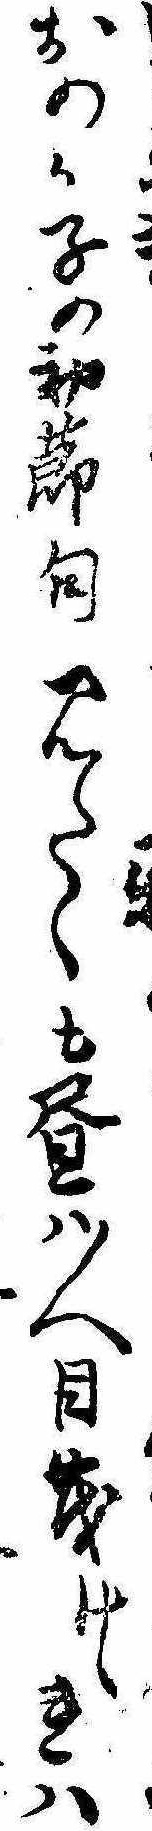
おのか子の初節句見たくも昼は人目茂けゝれは